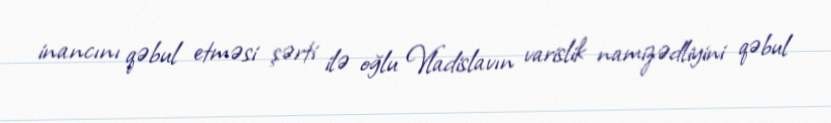
inancını qəbul etməsi şərti ilə oğlu Vladislavın varislik namizədliyini qəbul